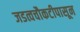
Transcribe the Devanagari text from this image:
जडत्वचौकटीपासून